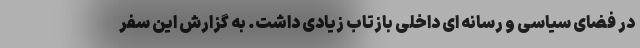
در فضای سیاسی و رسانه ای داخلی بازتاب زیادی داشت. به گزارش این سفر